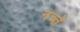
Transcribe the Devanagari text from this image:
नच्ते